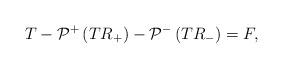
LaTeX: \begin{align*}T-\mathcal{P}^+\left(T R_+\right)-\mathcal{P}^-\left(T R_-\right)=F,\end{align*}